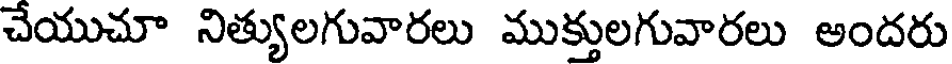
చేయుచూ నిత్యులగువారలు ముక్తులగువారలు అందరు